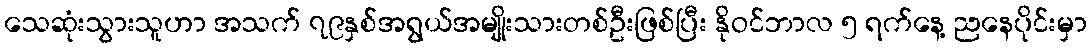
သေဆုံးသွားသူဟာ အသက် ၇၉နှစ်အရွယ်အမျိုးသားတစ်ဦးဖြစ်ပြီး နိုဝင်ဘာလ ၅ ရက်နေ့ ညနေပိုင်းမှာ